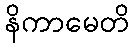
နိကာမေတိ